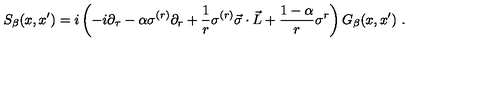
S _ { \beta } ( x , x ^ { \prime } ) = i \left( - i \partial _ { \tau } - \alpha \sigma ^ { ( r ) } \partial _ { r } + \frac 1 r \sigma ^ { ( r ) } \vec { \sigma } \cdot \vec { L } + \frac { 1 - \alpha } r \sigma ^ { r } \right) G _ { \beta } ( x , x ^ { \prime } ) \ . \